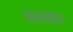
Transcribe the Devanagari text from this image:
सायखेडा